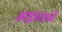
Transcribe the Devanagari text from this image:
अड़सठवें